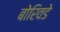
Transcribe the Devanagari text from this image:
बोरिवडे